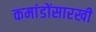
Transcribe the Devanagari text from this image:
कमांडोंसारखी